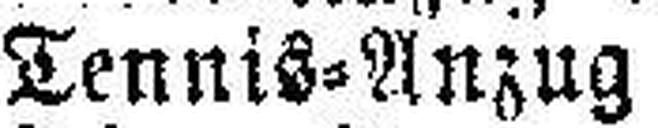
Tennis=Anzug